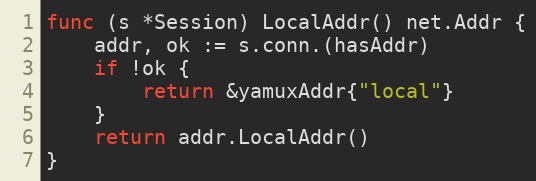
Language: Go
func (s *Session) LocalAddr() net.Addr {
	addr, ok := s.conn.(hasAddr)
	if !ok {
		return &yamuxAddr{"local"}
	}
	return addr.LocalAddr()
}